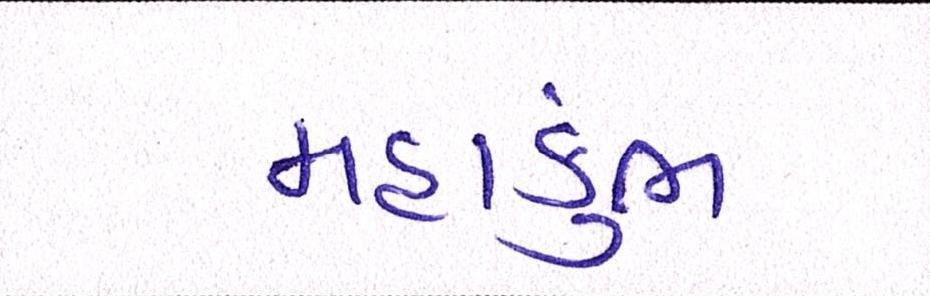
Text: મહાકુંભ